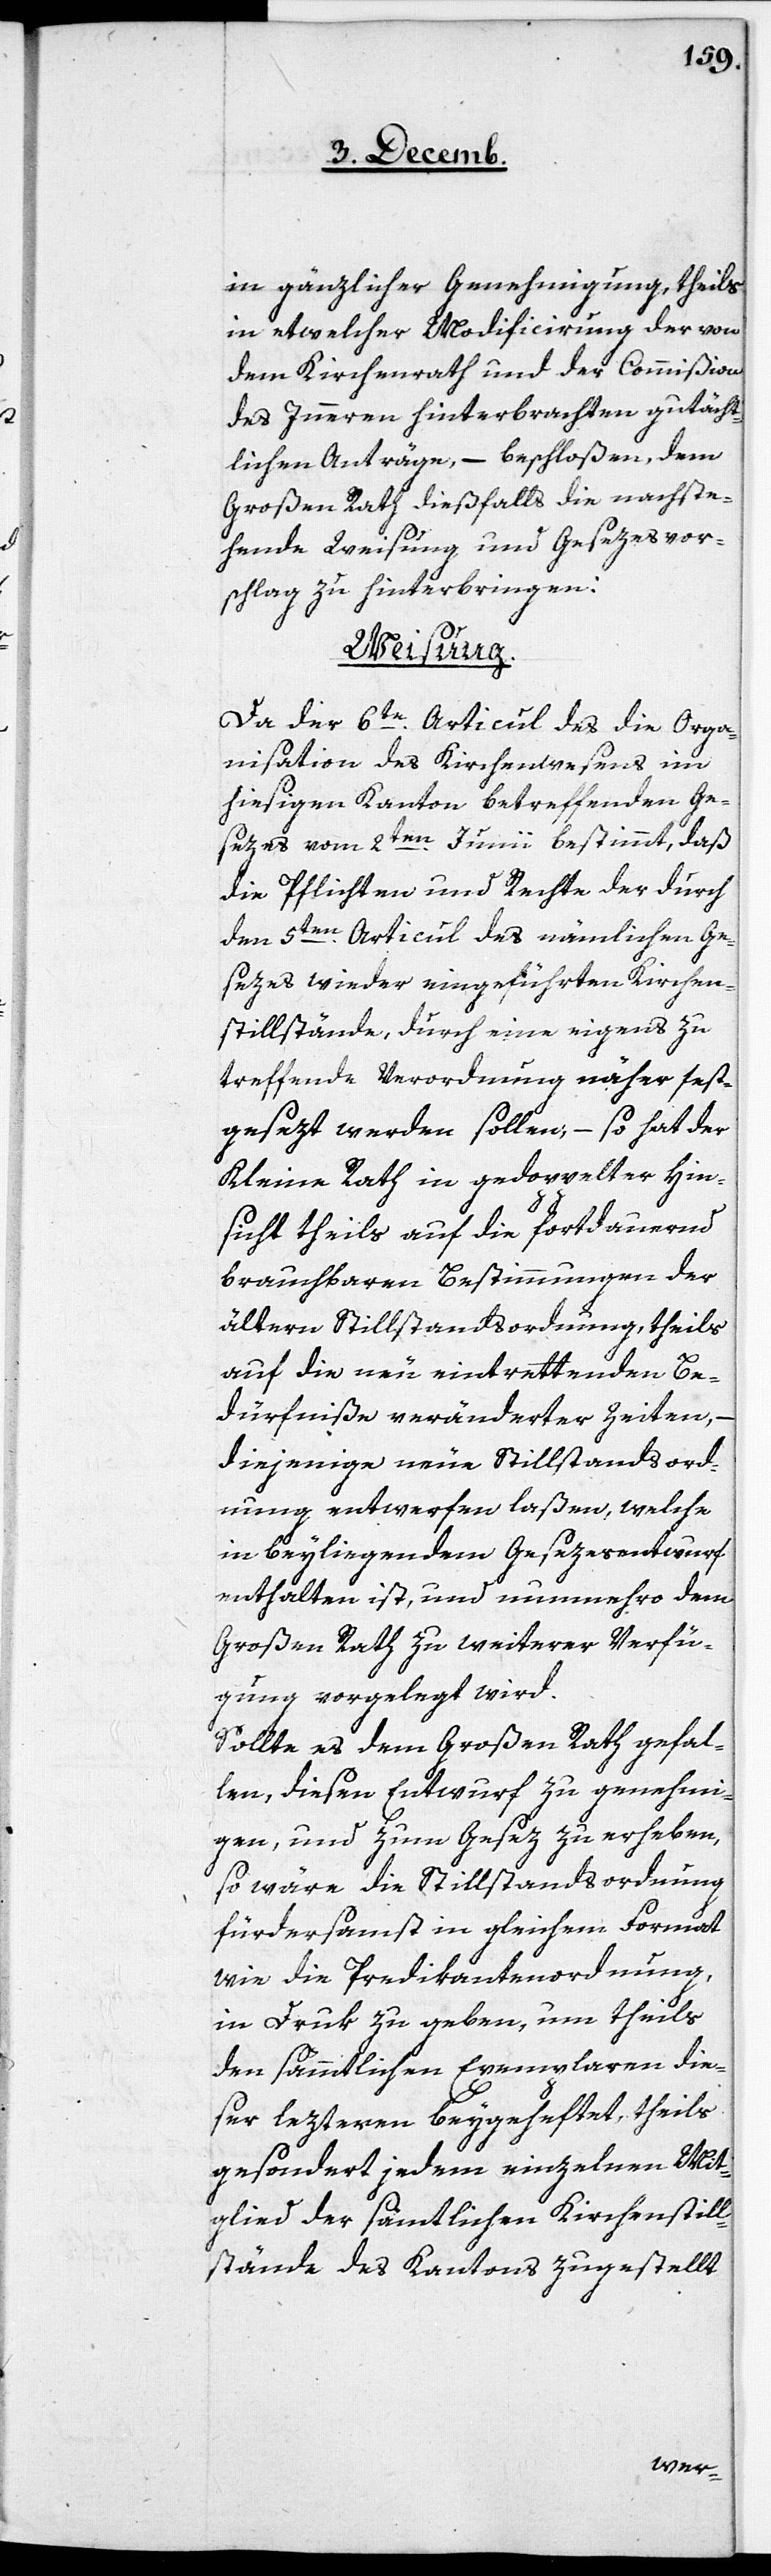
in gänzlicher Genehmigung, theils
in etwelcher Modificirung der von
dem Kirchenrath und der Commißion
des Inneren hinterbrachten gutächt¬
lichen Anträge, – beschloßen, dem
Großen Rath dießfalls die nachste¬
hende Weisung und Gesezesvor¬
schlag zu hinterbringen:
Weisung.
Da der 6te. Articul des die Orga¬
nisation des Kirchenwesens im
hießigen Kanton betreffenden Ge¬
sezes vom 2ten. Junii bestimmt, daß
die Pflichten und Rechte der durch
den 5ten. Articul des nämlichen Ge¬
sezes wieder eingeführten Kirchen¬
stillstände, durch eine eigens zu
treffende Verordnung näher fest¬
gesezt werden sollen, – so hat der
Kleine Rath in gedoppelter Hin¬
sicht theils auf die fortdauernd
brauchbaren Bestimmungen der
ältern Stillstandsordnung, theils
auf die neu eintrettenden Be¬
dürfniße veränderter Zeiten,
diejenige neue Stillstandsord¬
nung entwerfen laßen, welche
in beyliegendem Gesezesentwurf
enthalten ist, und nunmehro dem
Großen Rath zu weiterer Verfü¬
gung vorgelegt wird.
Sollte es dem Großen Rath gefal¬
len, diesen Entwurf zu genehmi¬
gen und zum Gesez zu erheben,
so wäre die Stillstandsordnung
fürdersamst in gleichem Format
wie die Predikantenordnung,
in Druk zu geben, um theils
den sämmtlichen Exemplaren die¬
ser lezteren beygeheftet, theils
gesondert jedem einzelnen Mit¬
glied der sämtlichen Kirchenstill¬
stände des Kantons zugestellt